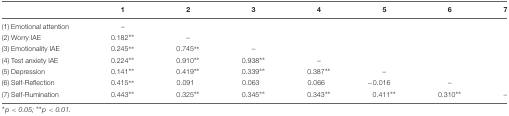
<table><thead><tr><td></td><td><b>1</b></td><td><b>2</b></td><td><b>3</b></td><td><b>4</b></td><td><b>5</b></td><td><b>6</b></td><td><b>7</b></td></tr></thead><tbody><tr><td>(1) Emotional attention</td><td>–</td><td></td><td></td><td></td><td></td><td></td><td></td></tr><tr><td>(2) Worry IAE</td><td>0.182<sup>∗∗</sup></td><td>–</td><td></td><td></td><td></td><td></td><td></td></tr><tr><td>(3) Emotionality IAE</td><td>0.245<sup>∗∗</sup></td><td>0.745<sup>∗∗</sup></td><td>–</td><td></td><td></td><td></td><td></td></tr><tr><td>(4) Test anxiety IAE</td><td>0.224<sup>∗∗</sup></td><td>0.910<sup>∗∗</sup></td><td>0.938<sup>∗∗</sup></td><td>–</td><td></td><td></td><td></td></tr><tr><td>(5) Depression</td><td>0.141<sup>∗∗</sup></td><td>0.419<sup>∗∗</sup></td><td>0.339<sup>∗∗</sup></td><td>0.387<sup>∗∗</sup></td><td>–</td><td></td><td></td></tr><tr><td>(6) Self-Reflection</td><td>0.415<sup>∗∗</sup></td><td>0.091</td><td>0.063</td><td>0.066</td><td>-0.016</td><td>–</td><td></td></tr><tr><td>(7) Self-Rumination</td><td>0.443<sup>∗∗</sup></td><td>0.325<sup>∗∗</sup></td><td>0.345<sup>∗∗</sup></td><td>0.343<sup>∗∗</sup></td><td>0.411<sup>∗∗</sup></td><td>0.310<sup>∗∗</sup></td><td>–</td></tr></tbody></table>